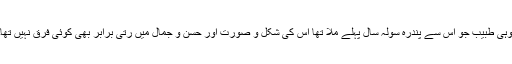
وہی طبیب جو اس سے پندرہ سولہ سال پہلے ملا تھا اس کی شکل و صورت اور حسن و جمال میں رتی برابر بھی کوئی فرق نہیں تھا۔